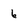
Character: 6